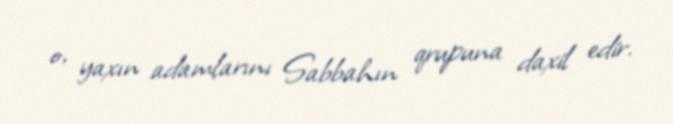
o, yaxın adamlarını Sabbahın qrupuna daxil edir.